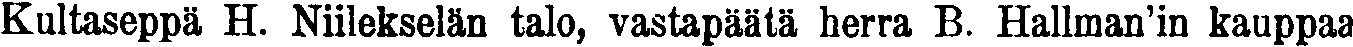
Kultaseppä H. Niilekselän talo, vastapäätä herra B. Hallman'in kauppaa